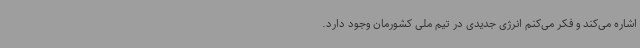
اشاره می‌کند و فکر می‌کنم انرژی جدیدی در تیم ملی کشورمان وجود دارد.